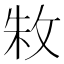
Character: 𫾭